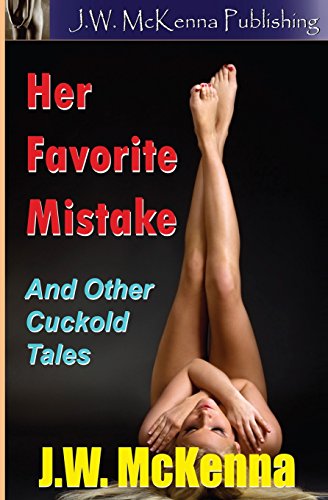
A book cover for Her Favorite Mistake: And Other Cuckold Tales; J.W. McKenna; Romance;